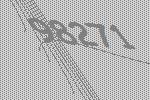
98271